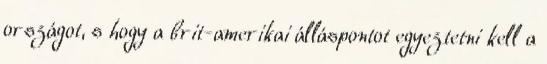
országot, s hogy a brit-amerikai álláspontot egyeztetni kell a